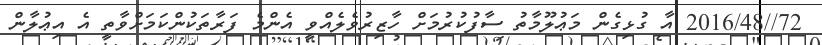
72//2016/48 އާ ގުޅިގެން މަޢުލޫމާތު ސާފުކުރުމަށް ހާޒިރުވެލެއްވީ އެންމެ ފަރާތަކުންކަމަށްވާތީ އެ އިޢުލާން